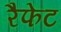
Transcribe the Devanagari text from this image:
रैफेट